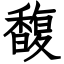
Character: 馥